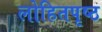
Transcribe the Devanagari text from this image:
लोहितपृष्ठ